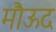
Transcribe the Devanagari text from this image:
मौऊद